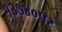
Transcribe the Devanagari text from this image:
१३७४०पर